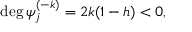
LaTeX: \mathrm { d e g } \, \psi _ { j } ^ { ( - k ) } = 2 k ( 1 - h ) < 0 ,